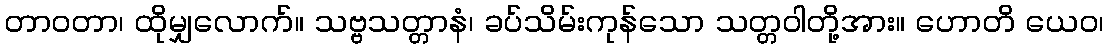
တာဝတာ၊ ထိုမျှလောက်။ သဗ္ဗသတ္တာနံ၊ ခပ်သိမ်းကုန်သော သတ္တဝါတို့အား။ ဟောတိ ယေဝ၊